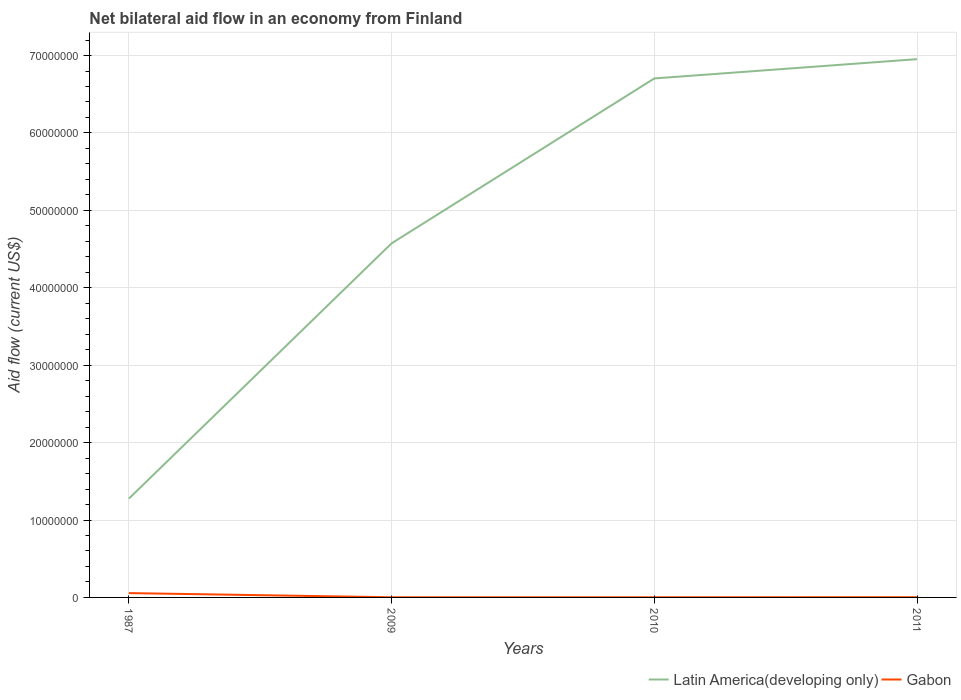
| Years | Latin America(developing only) | Gabon |
 | --- | --- | --- |
 | 1987 | 1.28e+07 | 5.6e+05 |
 | 2009 | 4.57e+07 | 2e+04 |
 | 2010 | 6.7e+07 | 2e+04 |
 | 2011 | 6.95e+07 | 3e+04 |